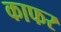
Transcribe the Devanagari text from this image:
काफर